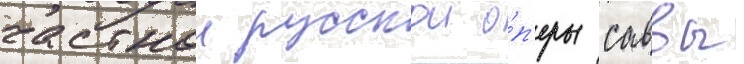
частнои русскои о́п'еры саввы